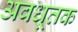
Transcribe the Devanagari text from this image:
अवधूतक